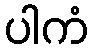
ပါကံ